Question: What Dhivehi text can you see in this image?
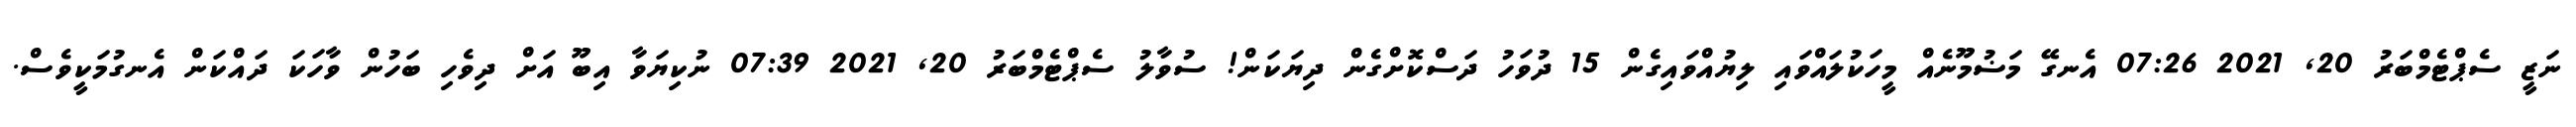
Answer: ނަޒީ ސެޕްޓެމްބަރު 20, 2021 07:26 އެނގޭ މަޟުމޫނެއް މީހަކުލައްވައި ލިޔުއްވައިގެން 15 ދުވަހު ދަސްކޮށްގެން ދިޔަކަން! ސުވާލު ސެޕްޓެމްބަރު 20, 2021 07:39 ނުކިޔަވާ އިބޫ އަށް ދިވެހި ބަހުން ވާހަކަ ދައްކަން އެނގުމަކީވެސް.